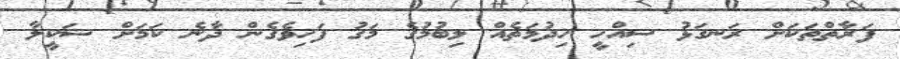
ފަރާތްތަކަށް ރަނގަޅު ސިއްހީ ހިދުމަތެއް ލިބުމުގެ މަގު ފަހިވެގެން ދާނެ ކަމަށް ޝަކީލާ